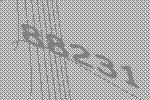
88231